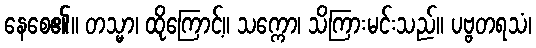
နေစေ၏။ တသ္မာ၊ ထိုကြောင့်။ သက္ကော၊ သိကြားမင်းသည်။ ပဗ္ဗတရသံ၊